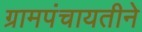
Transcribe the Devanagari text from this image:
ग्रामपंचायतीने